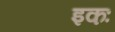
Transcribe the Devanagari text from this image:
इकः